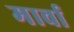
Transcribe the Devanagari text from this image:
मार्वा